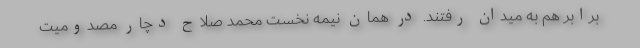
برابر هم به میدان رفتند. در همان نیمه نخست محمد صلاح دچار مصدومیت